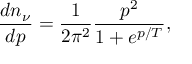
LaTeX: { \frac { d n _ { \nu } } { d p } } = { \frac { 1 } { 2 \pi ^ { 2 } } } { \frac { p ^ { 2 } } { 1 + e ^ { p / T } } } ,